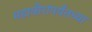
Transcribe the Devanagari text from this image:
महावीरांपर्यंतच्या